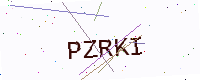
Text: PZRKI